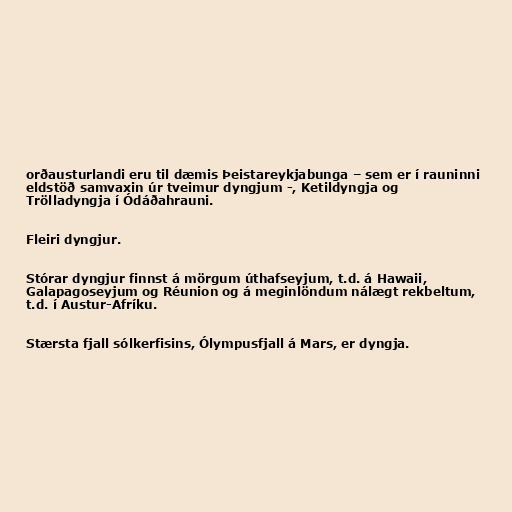
orðausturlandi eru til dæmis Þeistareykjabunga – sem er í rauninni
eldstöð samvaxin úr tveimur dyngjum -, Ketildyngja og
Trölladyngja í Ódáðahrauni.

Fleiri dyngjur.

Stórar dyngjur finnst á mörgum úthafseyjum, t.d. á Hawaii,
Galapagoseyjum og Réunion og á meginlöndum nálægt rekbeltum,
t.d. í Austur-Afríku.

Stærsta fjall sólkerfisins, Ólympusfjall á Mars, er dyngja.